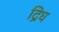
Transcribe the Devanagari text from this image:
द्रिघ